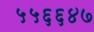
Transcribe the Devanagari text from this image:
५५६६४७